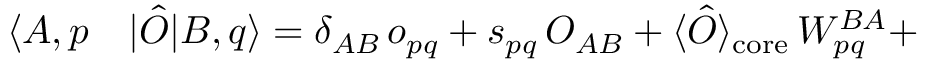
\begin{array} { r l } { \langle A , p } & { { } | \hat { O } | B , q \rangle = \delta _ { A B } \, o _ { p q } + s _ { p q } \, O _ { A B } + \langle \hat { O } \rangle _ { \mathrm { c o r e } } \, W _ { p q } ^ { B A } + } \end{array}